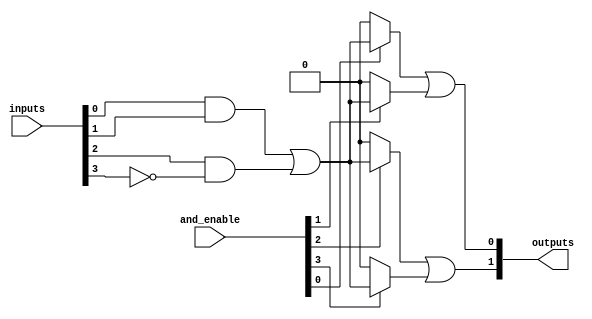
module FusedPAL #(
    parameter NUM_INPUTS = 4,     // Number of input lines
    parameter NUM_AND_GATES = 4,   // Number of programmable AND gates
    parameter NUM_OUTPUTS = 2       // Number of fixed OR outputs
)(
    input  wire [NUM_INPUTS-1:0] inputs,  // Input lines
    input  wire [NUM_AND_GATES-1:0] and_enable, // AND gate enable signals (for programming)
    output wire [NUM_OUTPUTS-1:0] outputs   // Output lines
);

    // Internal signals for AND gate outputs
    wire [NUM_AND_GATES-1:0] and_outputs;

    // Programmable AND gates
    genvar i;
    generate
        for (i = 0; i < NUM_AND_GATES; i = i + 1) begin : and_gate
            // Each AND gate can be configured by the 'and_enable' signal
            assign and_outputs[i] = and_enable[i] ? 
                (inputs[0] & inputs[1]) | // Example logic, can be modified
                (inputs[2] & ~inputs[3]) : 1'b0; // Example logic, can be modified
        end
    endgenerate

    // Fixed OR gates
    assign outputs[0] = and_outputs[0] | and_outputs[1]; // First OR gate
    assign outputs[1] = and_outputs[2] | and_outputs[3]; // Second OR gate

endmodule